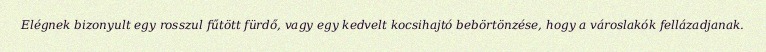
Elégnek bizonyult egy rosszul fűtött fürdő, vagy egy kedvelt kocsihajtó bebörtönzése, hogy a városlakók fellázadjanak.